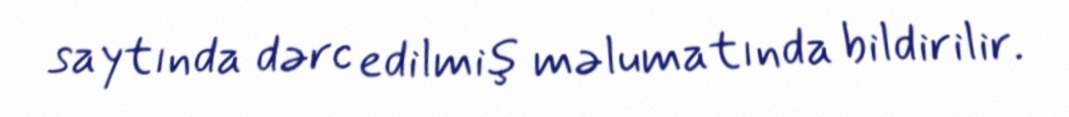
saytında dərc edilmiş məlumatında bildirilir.